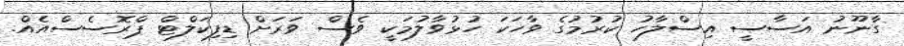
ގާނޫނު އަސާސީ އިސްލާހު ކުރުމުގެ ވާހަކަ ހުޅުވާލުމަކީ ވެސް ވަރަށް ޑިފިކަލްޓް ޕްރޮސެސްއެއް.